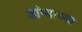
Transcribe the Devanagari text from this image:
डांग्याच्या